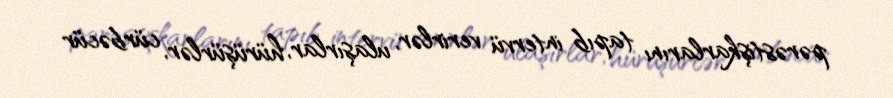
pərəstişkarlarını tapıb intervü verirlər, ulaşırlar, hürüşürlər, cürbəcür